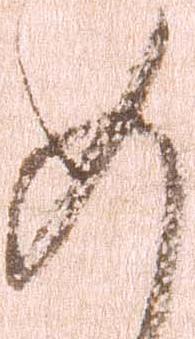
如